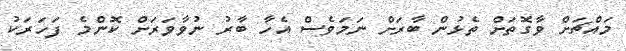
މައްޗަށް ވާގޮތަށް ތެޅުން ބާރަށް ނަމަވެސް އެހާ ބާރު ނުވާވަރަށް ކޮންމެ ފަހަރަކު